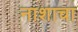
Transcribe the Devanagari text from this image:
नाशाचा